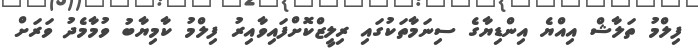
ފިލްމު ތަލާޝް އިއްޔެ އިންޑިޔާގެ ސިނަމާތަކުގައި ރިލީޒްކޮށްފައިވާއިރު ފިލްމު ކާމިޔާބު ވުމާމެދު ވަރަށް